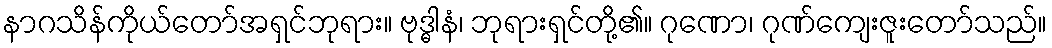
နာဂသိန်ကိုယ်တော်အရှင်ဘုရား။ ဗုဒ္ဓါနံ၊ ဘုရားရှင်တို့၏။ ဂုဏော၊ ဂုဏ်ကျေးဇူးတော်သည်။